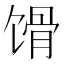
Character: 馉